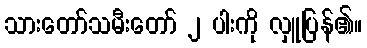
သားတော်သမီးတော် ၂ ပါးကို လှူပြန်၏။